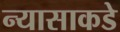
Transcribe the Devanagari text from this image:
न्यासाकडे